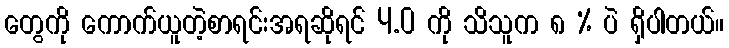
တွေကို ကောက်ယူတဲ့စာရင်းအရဆိုရင် 4.0 ကို သိသူက ၈ % ပဲ ရှိပါတယ်။